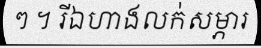
ៗ ។ រីឯហាងលក់សម្ភារ